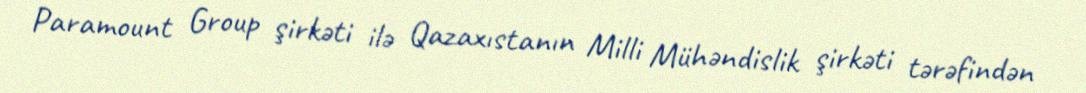
Paramount Group şirkəti ilə Qazaxıstanın Milli Mühəndislik şirkəti tərəfindən